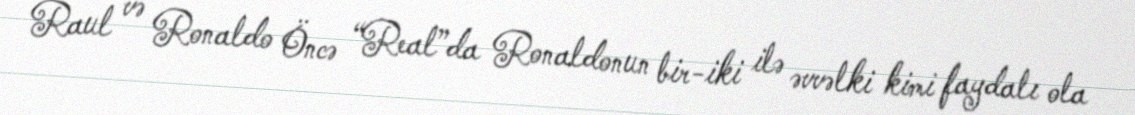
Raul və Ronaldo Öncə “Real”da Ronaldonun bir-iki ilə əvvəlki kimi faydalı ola